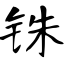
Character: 铢